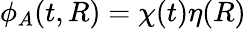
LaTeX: \phi_{A}(t,R)=\chi(t)\eta(R)